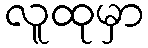
လူထုမှာ